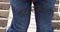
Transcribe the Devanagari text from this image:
गटासाठीची